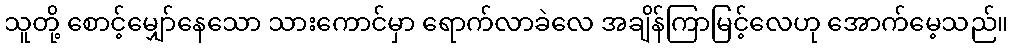
သူတို့ စောင့်မျှော်နေသော သားကောင်မှာ ရောက်လာခဲလေ အချိန်ကြာမြင့်လေဟု အောက်မေ့သည်။